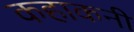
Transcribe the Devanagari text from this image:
कहाकनी